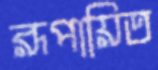
রূপায়িত